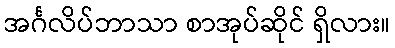
အင်္ဂလိပ်ဘာသာ စာအုပ်ဆိုင် ရှိလား။